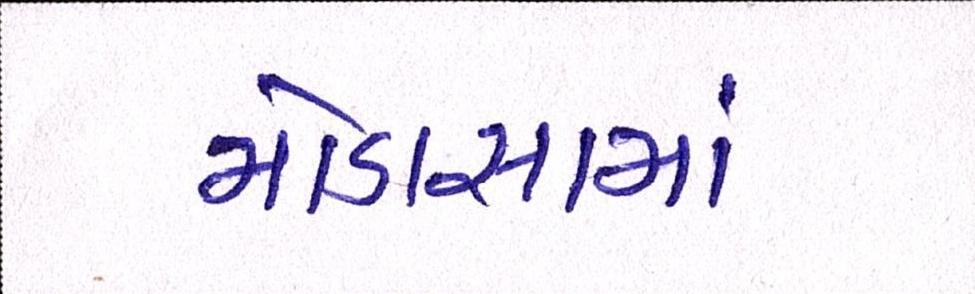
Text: મોડાસામાં